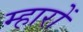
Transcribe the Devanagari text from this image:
म्हारों